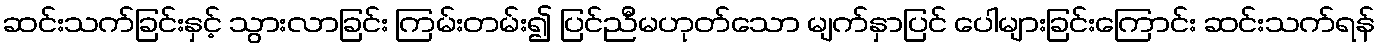
ဆင်းသက်ခြင်းနှင့် သွားလာခြင်း ကြမ်းတမ်း၍ ပြင်ညီမဟုတ်သော မျက်နှာပြင် ပေါများခြင်းကြောင်း ဆင်းသက်ရန်